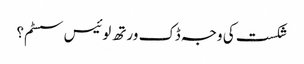
شکست کی وجہ ڈک ورتھ لوئیس سسٹم؟